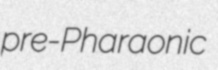
pre-Pharaonic